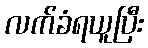
လက်ခံရယူပြီး